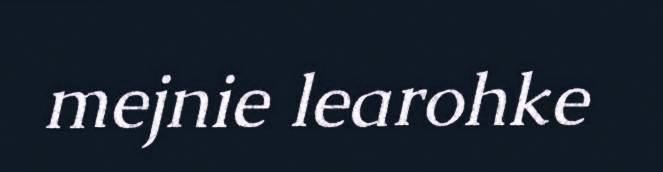
mejnie learohke